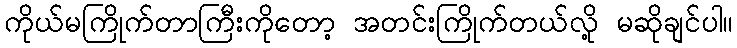
ကိုယ်မကြိုက်တာကြီးကိုတော့ အတင်းကြိုက်တယ်လို့ မဆိုချင်ပါ။